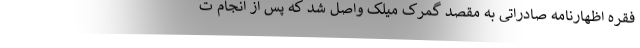
فقره اظهارنامه صادراتی به مقصد گمرک میلک واصل شد که پس از انجام ت